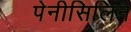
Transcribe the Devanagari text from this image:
पेनीसिलिन